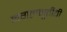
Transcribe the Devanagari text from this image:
मंगलमूर्तीची